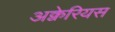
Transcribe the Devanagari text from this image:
अक्वेरियस